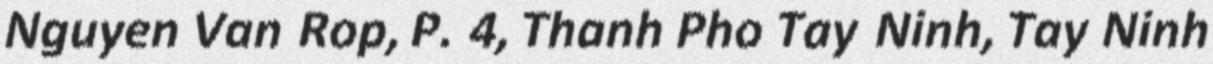
Nguyen Van Rop, P. 4, Thanh Pho Tay Ninh, Tay Ninh